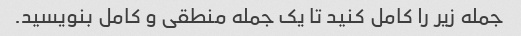
جمله زیر را کامل کنید تا یک جمله منطقی و کامل بنویسید.